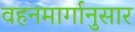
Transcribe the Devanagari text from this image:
वहनमार्गानुसार